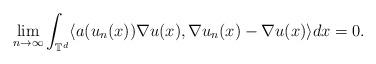
LaTeX: \begin{align*}\lim_{n\rightarrow\infty} \int_{\mathbb{T}^d} \langle a(u_n(x)) \nabla u(x), \nabla u_n(x) - \nabla u(x) \rangle dx = 0 .\end{align*}